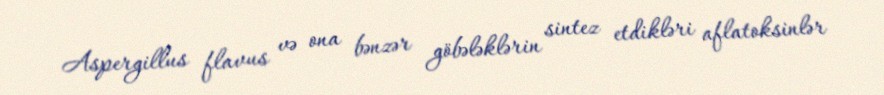
Aspergillus flavus və ona bənzər göbələklərin sintez etdikləri aflatoksinlər